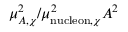
\mu _ { A , \chi } ^ { 2 } / \mu _ { \mathrm { n u c l e o n } , \chi } ^ { 2 } A ^ { 2 }